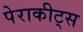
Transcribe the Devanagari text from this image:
पेराकीट्स